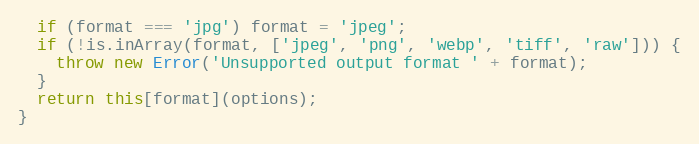
Language: JavaScript
  if (format === 'jpg') format = 'jpeg';
  if (!is.inArray(format, ['jpeg', 'png', 'webp', 'tiff', 'raw'])) {
    throw new Error('Unsupported output format ' + format);
  }
  return this[format](options);
}